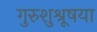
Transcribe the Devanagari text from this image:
गुरुशुश्रूषया